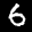
Label: 6